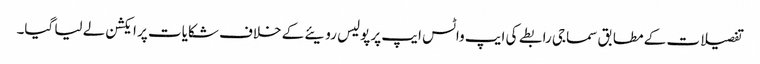
تفصیلات کے مطابق سماجی رابطے کی ایپ واٹس ایپ پر پولیس رویئے کے خلاف شکایات پر ایکشن لے لیا گیا۔